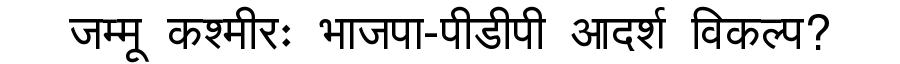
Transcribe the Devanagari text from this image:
जम्मू कश्मीरः भाजपा-पीडीपी आदर्श विकल्प?